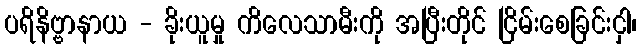
ပရိနိဗ္ဗာနာယ - ခိုးယူမှု ကိလေသာမီးကို အပြီးတိုင် ငြိမ်းစေခြင်းငှါ၊